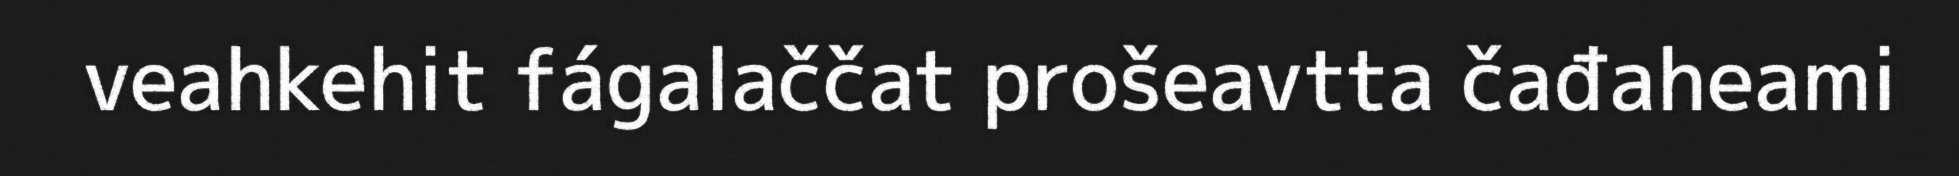
veahkehit fágalaččat prošeavtta čađaheami